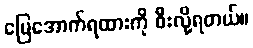
မြေအောက်ရထားကို စီးလို့ရတယ်။